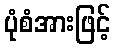
ပုံစံအားဖြင့်